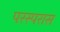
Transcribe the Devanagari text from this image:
परस्परास